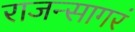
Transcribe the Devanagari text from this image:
राजन्सागरं